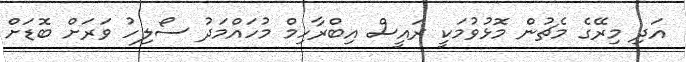
އަދި މިރޭގެ މެޗުން މޮޅުވުމަކީ ރައީސް އިބްރާހިމް މުހައްމަދު ސޯލިހު ވަރަށް ބޮޑަށް